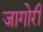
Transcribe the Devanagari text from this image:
जागोरी